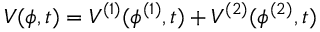
V ( \phi , t ) = V ^ { ( 1 ) } ( \phi ^ { ( 1 ) } , t ) + V ^ { ( 2 ) } ( \phi ^ { ( 2 ) } , t )